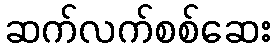
ဆက်လက်စစ်ဆေး